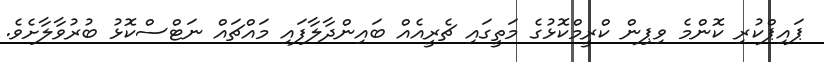
ޕައިޕްކުރި ކޮންމެ ވިޕިން ކްރީމްކޮޅުގެ މަތީގައި ޗެރީއެއް ބައިންދާލާފައި މައްޗައް ނަޓްސްކޮޅު ބުރުވާލާށެވެ.